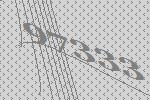
97333